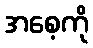
အစေ့ကို